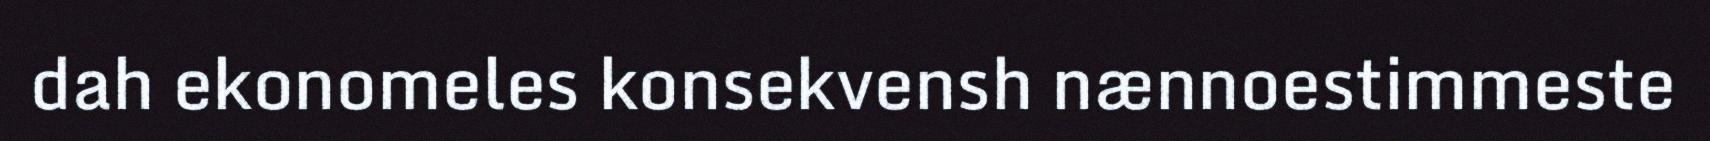
dah ekonomeles konsekvensh nænnoestimmeste